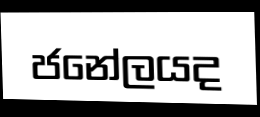
ජනේලයද